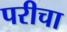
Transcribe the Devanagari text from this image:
परीचा